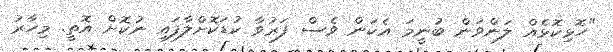
"ހޮޅިކޮޅެއް ލަންވަން ބުނީމަ އެކަން ވެސް ފަރުވާ ކުޑަކޮށްލާފައި ނުކޮށް އޮތީ. މިހާރު